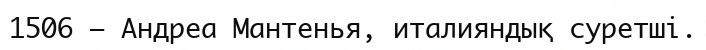
1506 — Андреа Мантенья, италияндық суретші.